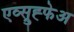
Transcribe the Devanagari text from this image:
एव्स्रुह्फेअ